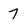
Character: 7